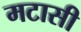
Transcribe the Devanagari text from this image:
मटासी